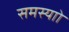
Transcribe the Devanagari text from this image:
समस्याो